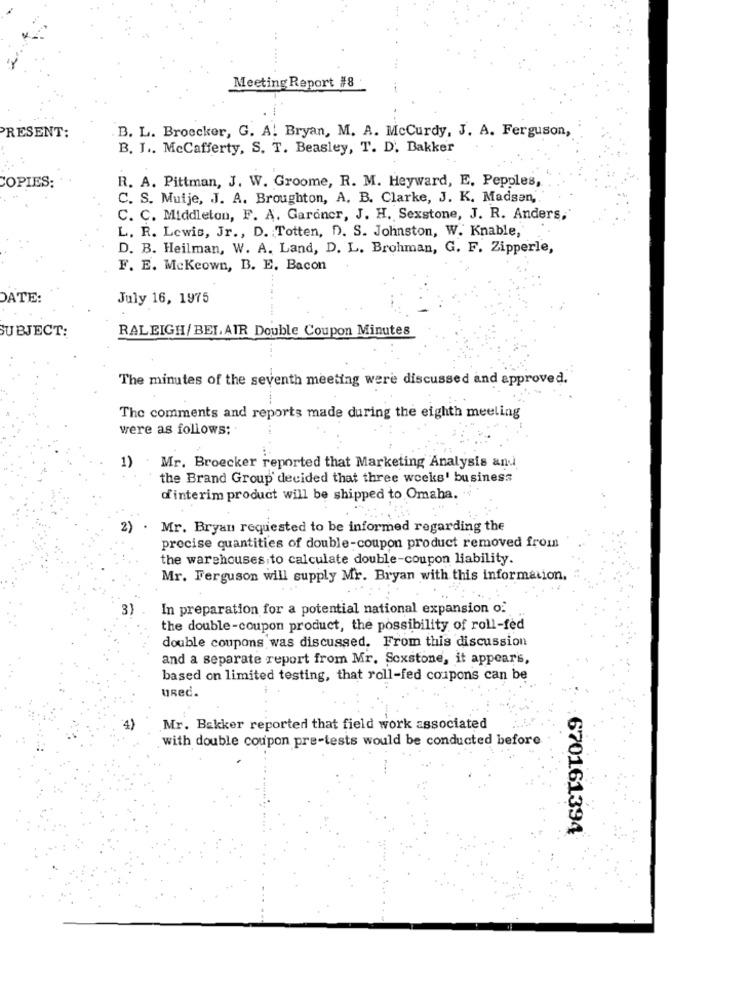
Meeting Report #8
. B. L. Broecker, G. A. Bryan, M. A. Mccurdy, J. A. Ferguson,
PRESENT:
B. I .. McCafferty, S. T. Beasley, T. D'. Bakker
R. A. Pittman, J. W. Groome, R. M. Heyward, E, Pepples,
COPIES
C. S. Muije, J. A. Broughton, A. B. Clarke, J. K. Madsen,"
C. C. Middleton, F. A. Gardner, J. H. Sexstone, J. R. Anders,
L. R. Lewis, Jr ., D. : Totten, D). S. Johnston, W. Knable,
D. B. Heilman, W. A. Land, D. L. Brohman, G. F. Zipperle,
F. E. Mckeown, B. E. Bacon
DATE
July 16, 1975
SUBJECT:
RALEIGH/BELAIR Double Coupon Minutes
The minutes of the seventh meeting were discussed and approved.
The comments and reports made during the eighth meeling
were as follows;
1)
Mr. Broecker reported that Marketing Analysis and
the Brand Group decided that three weeks' business
d'interim product will be shipped to Omaha. ..
2) . Mr. Bryan requested to be informed regarding the
procise quantities of double-coupon product removed from
the warehouses to calculate double-coupon liability.
Mr. Ferguson will supply Mr. Bryan with this information.
3)
In preparation for a potential national expansion o.
the double-coupon product, the possibility of roll-fed
double coupons was discussed. From this discussion
and a separate report from Mr. Soxstone, it appears,
based on limited testing, that roll-fed coupons can be
uRed.
4)
Mr. Bakker reported that field work associated
with double coupon pre-tests would be conducted before
670161394